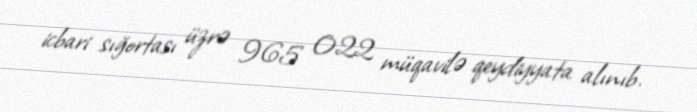
icbari sığortası üzrə 965 022 müqavilə qeydiyyata alınıb.